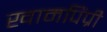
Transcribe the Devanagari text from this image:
खामपिंप्री